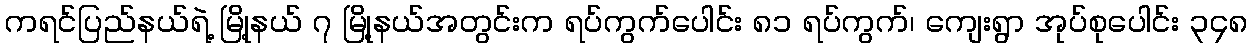
ကရင်ပြည်နယ်ရဲ့ မြို့နယ် ၇ မြို့နယ်အတွင်းက ရပ်ကွက်ပေါင်း ၈၁ ရပ်ကွက်၊ ကျေးရွာ အုပ်စုပေါင်း ၃၄၈